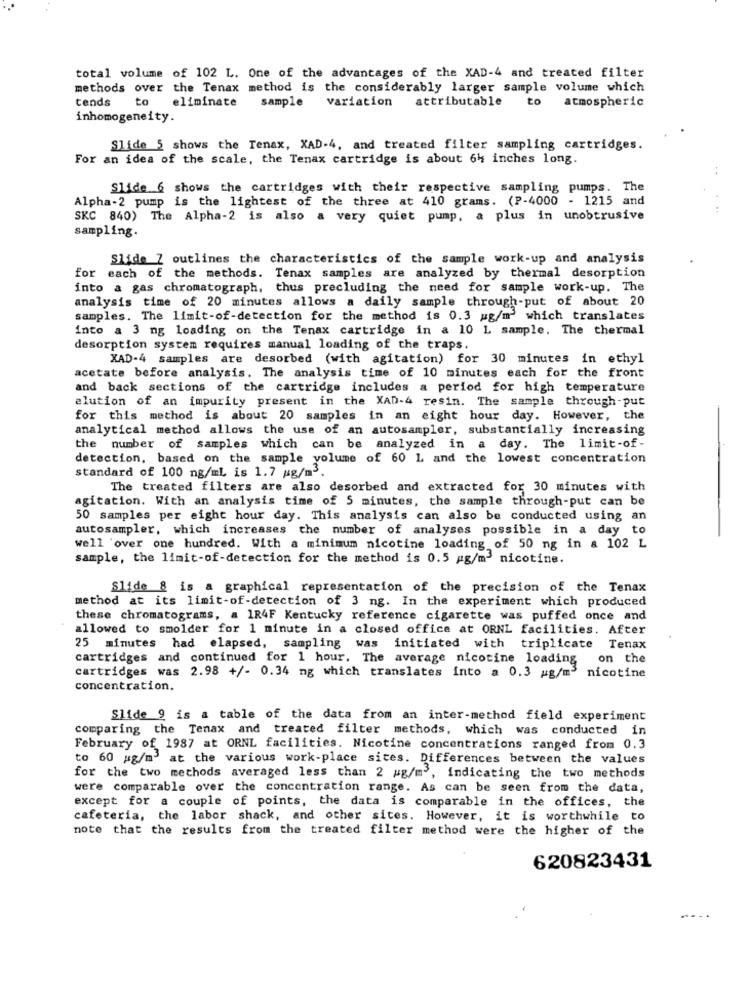
total volume of 102 L. One of the advantages of the XAD-4 and treated filter
methods over the Tenax method is the considerably larger sample volume which
tends
to
eliminate
sample variation
attributable
to
atmospheric
inhomogeneity.
Slide 5 shows the Tenax, XAD-4, and treated filter sampling cartridges.
For an idea of the scale, the Tenax cartridge is about 64 inches long.
Slide 6 shows the cartridges with their respective sampling pumps. The
Alpha-2 pump is the lightest of the three at 410 grams. (P-4000 - 1215 and
SKC 840) The Alpha-2 is also a very quiet pump, a plus in unobtrusive
sampling.
Slide Z outlines the characteristics of the sample work-up and analysis
for each of the methods. Tenax samples are analyzed by thermal desorption
into a gas chromatograph, thus precluding the need for sample work-up. The
analysis time of 20 minutes allows a daily sample through-put of about 20
samples. The limit-of-detection for the method is 0.3 ug/m' which translates
into a 3 ng loading on the Tenax cartridge in a 10 1 sample. The thermal
desorption system requires manual loading of the traps.
XAD-4 samples are desorbed (with agitation) for 30 minutes in ethyl
acetate before analysis. The analysis time of 10 minutes each for the front
and back sections of the cartridge includes a period for high temperature
elution of an impurity present in the XAD-4 resin. The sample through-put
for this method is about 20 samples in an eight hour day. However, the
analytical method allows the use of an autosampler, substantially increasing
the number of samples which can be analyzed in a day. The limit-of-
detection, based on the sample volume of 60 L and the lowest concentration
standard of 100 ng/ml is 1.7 ug/m3.
The treated filters are also desorbed and extracted for 30 minutes with
agitation. With an analysis time of 5 minutes, the sample through-put can be
50 samples per eight hour day. This analysis can also be conducted using an
autosampler, which increases the number of analyses possible in a day to
well 'over one hundred. With a minimum nicotine loading of 50 ng in a 102 L
sample, the limit-of-detection for the method is 0.5 mg/m3 nicotine.
Slide 8 is a graphical representation of the precision of the Tenax
method at its limit-of-detection of 3 ng. In the experiment which produced
these chromatograms, a 1R4F Kentucky reference cigarette was puffed once and
allowed to smolder for 1 minute in a closed office at ORNL facilities. After
25 minutes had elapsed, sampling was initiated with triplicate Tenax
cartridges and continued for 1 hour. The average nicotine loading
on the
cartridges was 2.98 +/- 0.34 mg which translates into a 0.3 #g/m3 nicotine
concentration.
Slide 9 is a table of the data from an inter-method field experiment
comparing the Tenax and treated filter methods, which was conducted in
February of 1987 at ORNL facilities. Nicotine concentrations ranged from 0.3
to 60 g/m3 at the various work-place sites. Differences between the values
for the two methods averaged less than 2 wg/m3, indicating the two methods
were comparable over the concentration range. As can be seen from the data,
except for a couple of points, the data is comparable in the offices, the
cafeteria, the labor shack, and other sites. However, it is worthwhile to
note that the results from the treated filter method were the higher of the
620823431